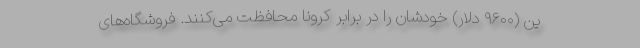
ین (۹۶۰۰ دلار) خودشان را در برابر کرونا محافظت می‌کنند. فروشگاه‌های